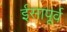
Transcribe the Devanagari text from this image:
र्इसापूर्व